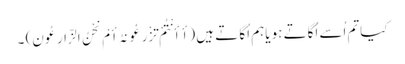
کیاتم اُسے اُگاتے ہو یاہم اُگا تے ہیں (أَ أَنْتُمْ تَزْرَعُونَہُ أَمْ نَحْنُ الزَّارِعُون) ۔